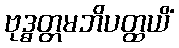
ဗုဒ္ဓတ္တမဘိပတ္ထယိံ